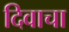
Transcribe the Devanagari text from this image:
दिवाचा